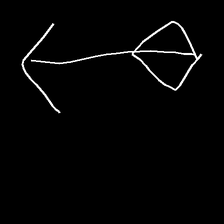
Glyph: focus